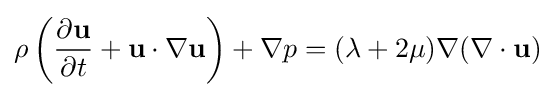
\rho \left({\frac {\partial {\textbf {u}}}{\partial t}}+{\textbf {u}}\cdot \nabla {\textbf {u}}\right)+\nabla p=(\lambda +2\mu )\nabla (\nabla \cdot {\textbf {u}})